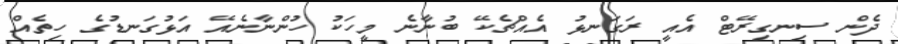
ދެން ސިނގިރޭޓް އެއީ ރަގަނޅު އެއްޗެކޭ ބުނާނެ މީހަކު ހުންނާނެއޭ އަޅުގަނޑުގެ ހިތެއް